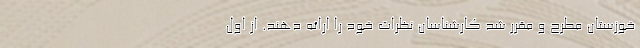
خوزستان مطرح و مقرر شد کارشناسان نظرات خود را ارائه دهند. از اول